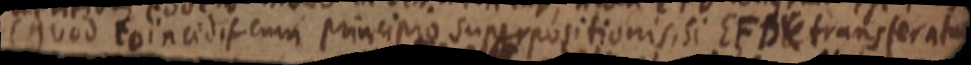
(quod coincidit cum principio superpositionis, Si EFDE transferatur